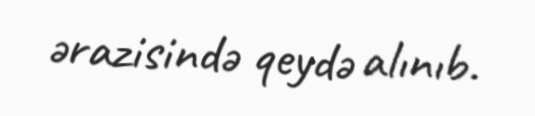
ərazisində qeydə alınıb.